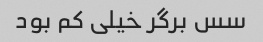
سس برگر خیلی کم بود